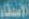
الأصدقاء